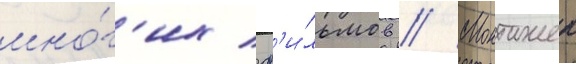
мно́г'их ф'и́льмов // Монтажер